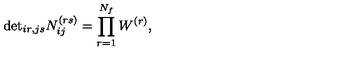
\mathrm { d e t } _ { i r , j s } N _ { i j } ^ { ( r s ) } = \prod _ { r = 1 } ^ { N _ { f } } W ^ { ( r ) } ,